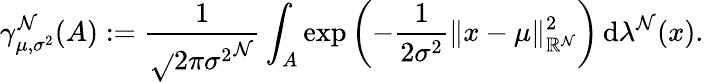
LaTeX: \gamma_{\mu,\sigma^{2}}^{\mathcal{N}}(A):={\frac{{1}}{{{\sqrt{}{{2\pi\sigma^{2}}}}^{\mathcal{N}}}}}\int_{A}\exp\left(-{\frac{{1}}{{2\sigma^{2}}}}\| x-\mu\| _{\mathbb{{R}}^{\mathcal{N}}}^{2}\right)\, \mathrm{{d}}\lambda^{\mathcal{N}}(x).